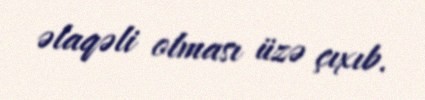
əlaqəli olması üzə çıxıb.